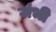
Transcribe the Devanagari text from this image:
जंभी